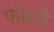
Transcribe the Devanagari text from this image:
फोस्से